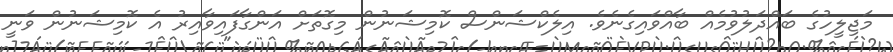
މަޖިލީހުގެ ބައްދަލުވުމެއް ބާއްވައިގެނެވެ. އިލެކްޝަންސް ކޮމިޝަނުން މިގޮތަށް އަންގާފައިވާއިރު އެ ކޮމިޝަނުން ވަނީ